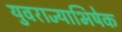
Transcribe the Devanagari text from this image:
युवराज्याभिषेक